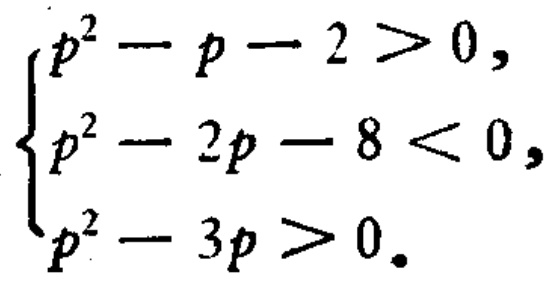
\begin{cases}
p^{2}-p - 2>0,\\
p^{2}-2p - 8<0,\\
p^{2}-3p>0.
\end{cases}